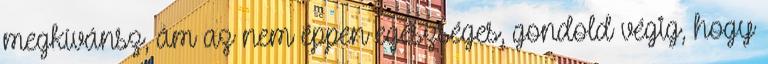
megkívánsz, ám az nem éppen egészséges, gondold végig, hogy